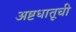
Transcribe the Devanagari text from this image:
अष्टधातूची